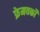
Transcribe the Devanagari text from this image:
फ्रेमवर्कों